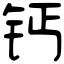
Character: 钙